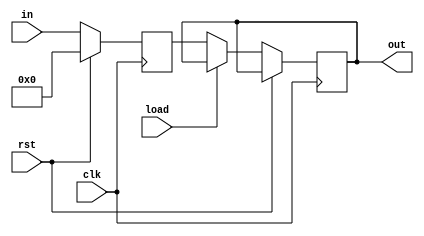
//////////////////////////////////////////////////////////////////////////////////
// Company: 
// Engineer: 
// 
// Design Name: 
// Module Name: LEFT_SHIFT_REGISTER
// Project Name: 
// Target Devices: 
// Tool Versions: 
// Description: 
// 
// Dependencies: 
// 
// Revision:
// Revision 0.01 - File Created
// Additional Comments:
// 
//////////////////////////////////////////////////////////////////////////////////


module left_shift_register #(parameter WL = 4)
                            (input clk,rst,load,
                            input [WL - 1:0] in,
                            output reg [WL - 1:0] out);
    
    reg [WL - 1:0] tmp;

    always @(posedge clk) begin
        if(rst) tmp <= 0;
        else
            if(load) tmp <= in;
            else begin
                tmp <= {tmp[WL-2:0],in};
                out <= tmp; //output shifted value
            end
    end
endmodule